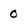
Character: 0